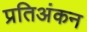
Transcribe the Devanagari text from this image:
प्रतिअंकन